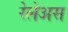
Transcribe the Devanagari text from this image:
रेलेअस